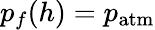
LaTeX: p_{f}(h)=p_{\mathrm{atm}}